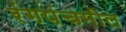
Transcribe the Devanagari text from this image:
रंगपंचमील